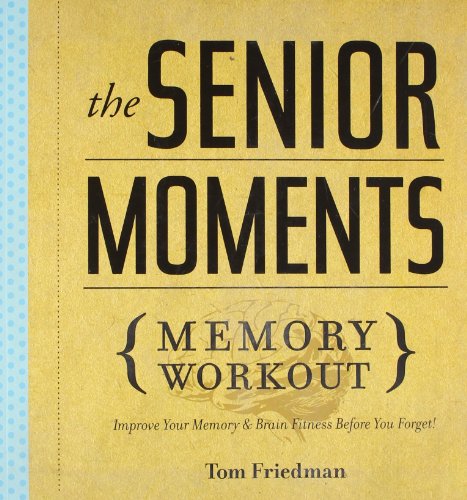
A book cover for The Senior Moments Memory Workout: Improve Your Memory & Brain Fitness Before You Forget!; Tom Friedman; Humor & Entertainment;